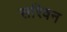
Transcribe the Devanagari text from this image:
सरिवन